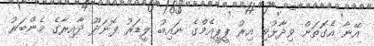
އޭނާ އެގޮތަށް ވިދާޅުވި އިރު ޕީޕީއެމްގެ ނައިބު ލީޑަރު ފޮނަދޫ ދާއިރާގެ މެންބަރު